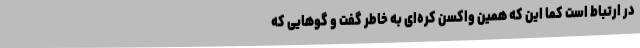
در ارتباط است کما این که همین واکسن کره‌ای به خاطر گفت و گوهایی که